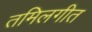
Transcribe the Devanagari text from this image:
तमिलगीत